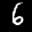
Label: 6